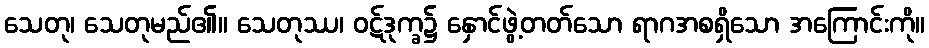
သေတု၊ သေတုမည်၏။ သေတုဿ၊ ဝဋ်ဒုက္ခ၌ နှောင်ဖွဲ့တတ်သော ရာဂအစရှိသော အကြောင်းကို။